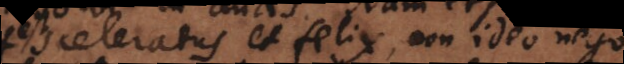
sceleratus et felix, non ideo nego